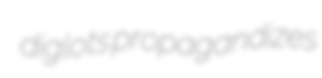
diglots propagandizes